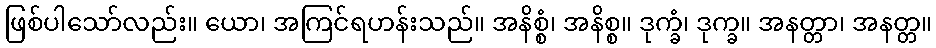
ဖြစ်ပါသော်လည်း။ ယော၊ အကြင်ရဟန်းသည်။ အနိစ္စံ၊ အနိစ္စ။ ဒုက္ခံ၊ ဒုက္ခ။ အနတ္တာ၊ အနတ္တ။